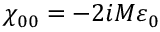
\chi _ { 0 0 } = - 2 i M \varepsilon _ { 0 }